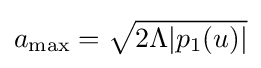
a_{\max }={\sqrt {2\Lambda |p_{1}(u)|}}